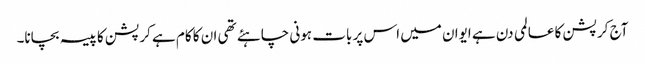
آج کرپشن کا عالمی دن ہے ایوان میں اس پر بات ہونی چاہئے تھی ان کا کام ہے کرپشن کا پیسہ بچانا۔